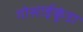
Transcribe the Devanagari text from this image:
गोसाईकुंडा